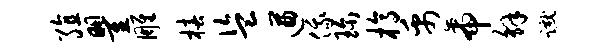
殖瞿雕椿盗遒俄珍槁禹帝解蹴